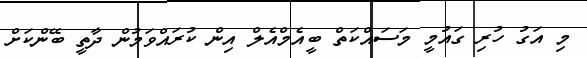
މި އަގު ހުރި ގައުމީ މަސައްކަތް ބީއެމްއެލް އިން ކުރައްވަމުން ދާތީ ބޭންކަށް